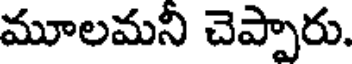
మూలమని చెప్పారు.